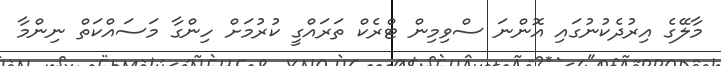
މާލޭގެ އިރުދެކުނުގައި އޮންނަ ސްވިމިން ޓްރެކް ތަރައްގީ ކުރުމަށް ހިންގާ މަސައްކަތް ނިންމާ